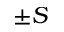
\pm S